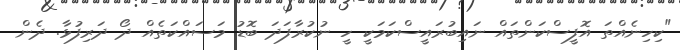
"ކިހިނެއްތަ އޮފީސްކަންތައް ނައިބުރައީސްކަމަކީ ހީ ނުކުރާފަދަ ބޮޑު މަސައްކަތެއް ދޯ ދަރިފުޅާ. ދެން